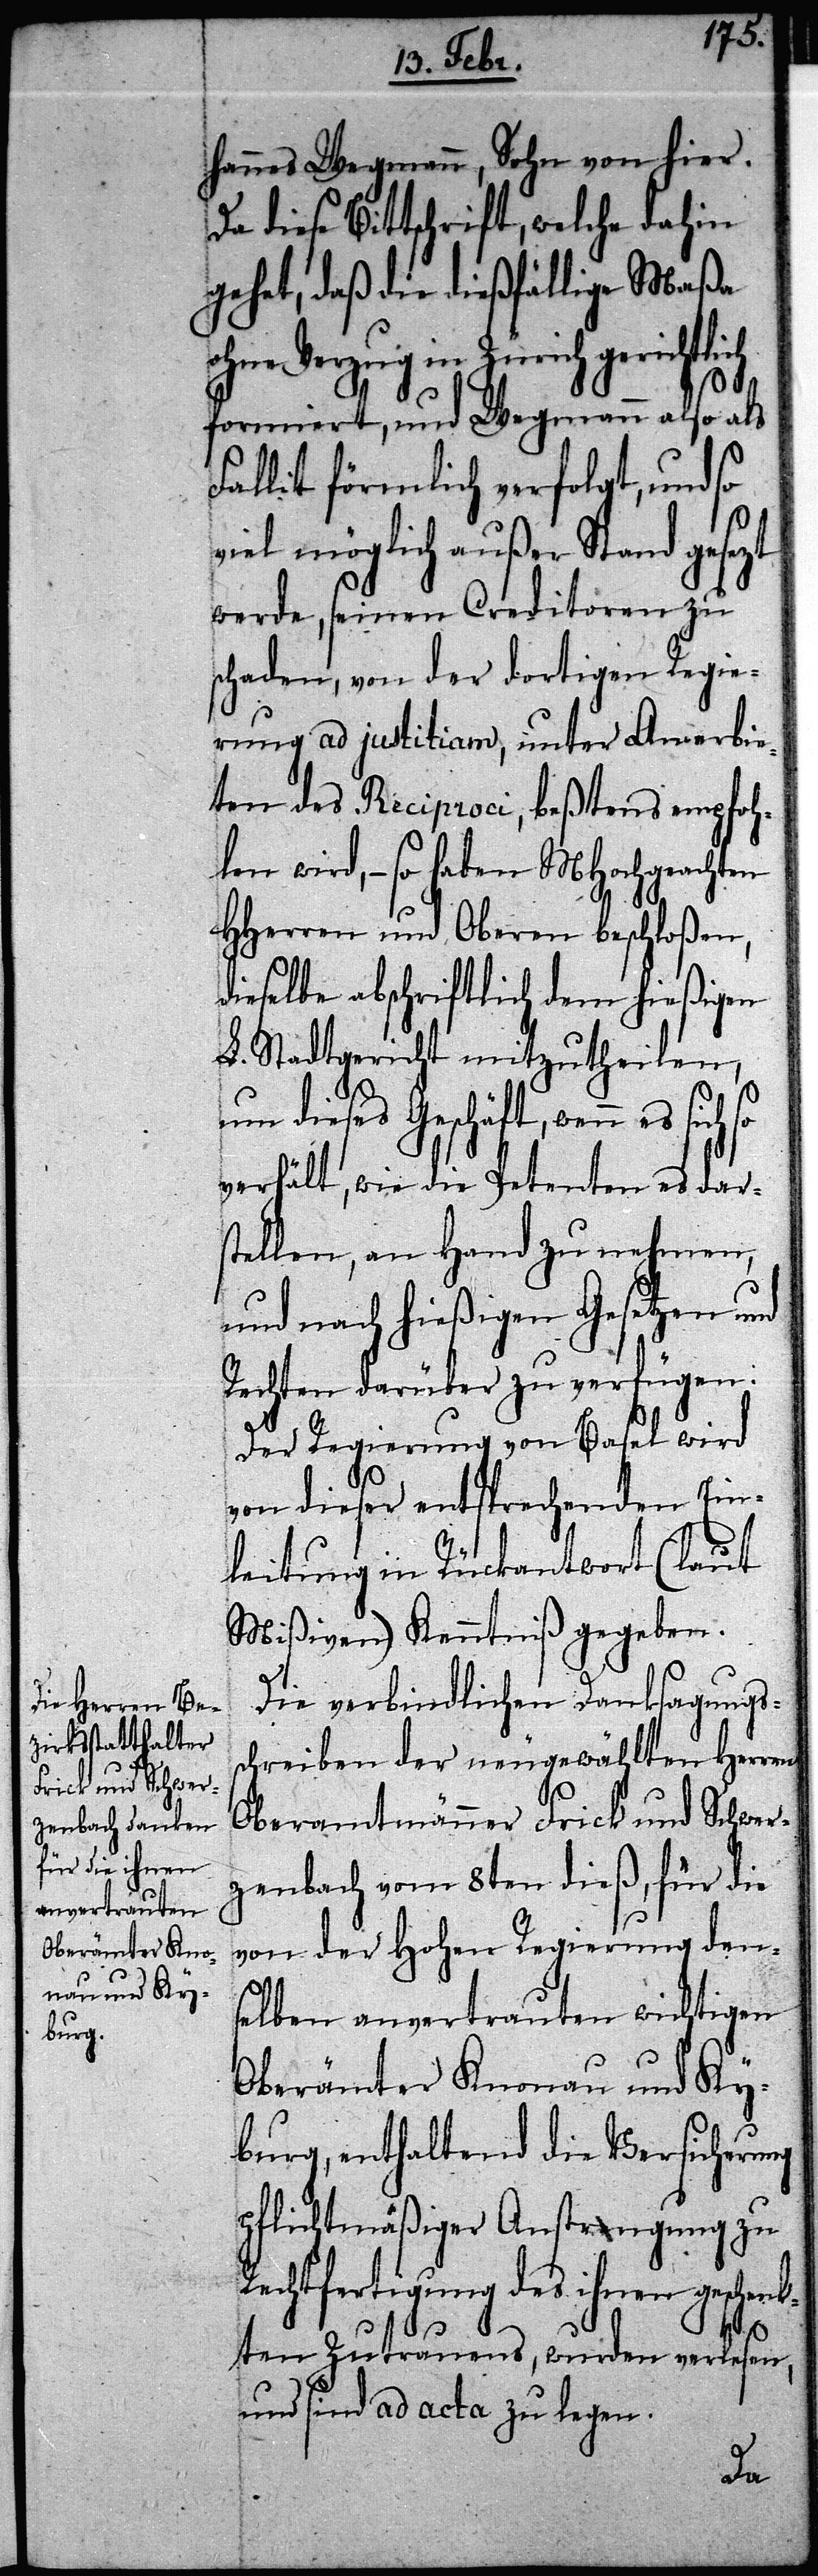
hannes Wegmann, Sohn von hier.
Da diese Bittschrift, welche dahin
gehet, daß die dießfällige Maßa
ohne Verzug in Zürich
formiert, und Wegmann also als
Fallit förmlich verfolgt, und so
viel möglich außer Stand gesezt
werde, seinen Creditoren zu
schaden, von der dortigen Regie¬
rung ad justitiam, unter Anerbie¬
ten des Reciproci, beßtens empfoh¬
len wird, – so haben MHochgeachten
HHerren und Oberen beschloßen,
dieselbe abschriftlich dem hießigen
L. Stadtgericht mitzutheilen,
um dieses Geschäft, wenn es
verhält, wie die Petenten es dars¬
tellen, an Hand zu nehmen,
und nach hießigen Gesetzen und
Rechten darüber zu verfügen:
Der Regierung von Basel wird
von dieser entsprechenden Ein¬
leitung in Rückantwort (laut
Mißiven) Kenntniß gegeben.
Die verbindlichen Danksagungs¬
schreiben der neugewählten Herren
Oberamtmänner Frick und Schwer¬
zenbach vom 8ten dieß, für die
von der hohen Regierung dens¬
elben anvertrauten wichtigen
Oberämter Knonau und Ky¬
burg, enthaltend die Versicherung
pflichtmäßiger Anstrengung zu
Rechtfertigung des ihnen geschenk¬
ten Zutrauens, wurden verlesen,
und sind ad acta zu legen.